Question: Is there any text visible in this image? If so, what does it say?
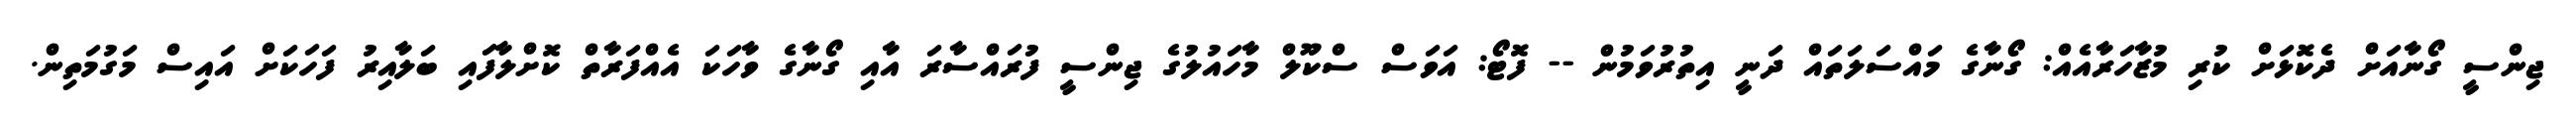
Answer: ޖިންސީ ގޯނާއަށް ދެކޮޅަށް ކުރި މުޒާހަރާއެއް: ގޯނާގެ މައްސަލަތައް ދަނީ އިތުރުވަމުން -- ފޮޓޯ: އަވަސް ސްކޫލް މާހައުލުގެ ޖިންސީ ފުރައްސާރަ އާއި ގޯނާގެ ވާހަކަ އެއްފަރާތް ކޮށްލާފައި ބަލާއިރު ފަހަކަށް އައިސް މަގުމަތިން.